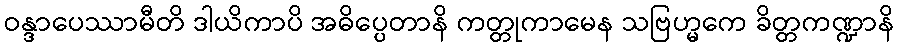
ဝန္ဒာပေဿာမီတိ ဒါယိကာပိ အဓိပ္ပေတာနိ ကတ္တုကာမေန သဗြဟ္မကေ ခိတ္တကဏ္ဍာနိ